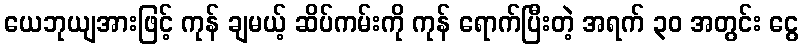
ယေဘုယျအားဖြင့် ကုန် ချမယ့် ဆိပ်ကမ်းကို ကုန် ရောက်ပြီးတဲ့ အရက် ၃၀ အတွင်း ငွေ